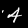
Label: 4